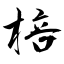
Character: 棓